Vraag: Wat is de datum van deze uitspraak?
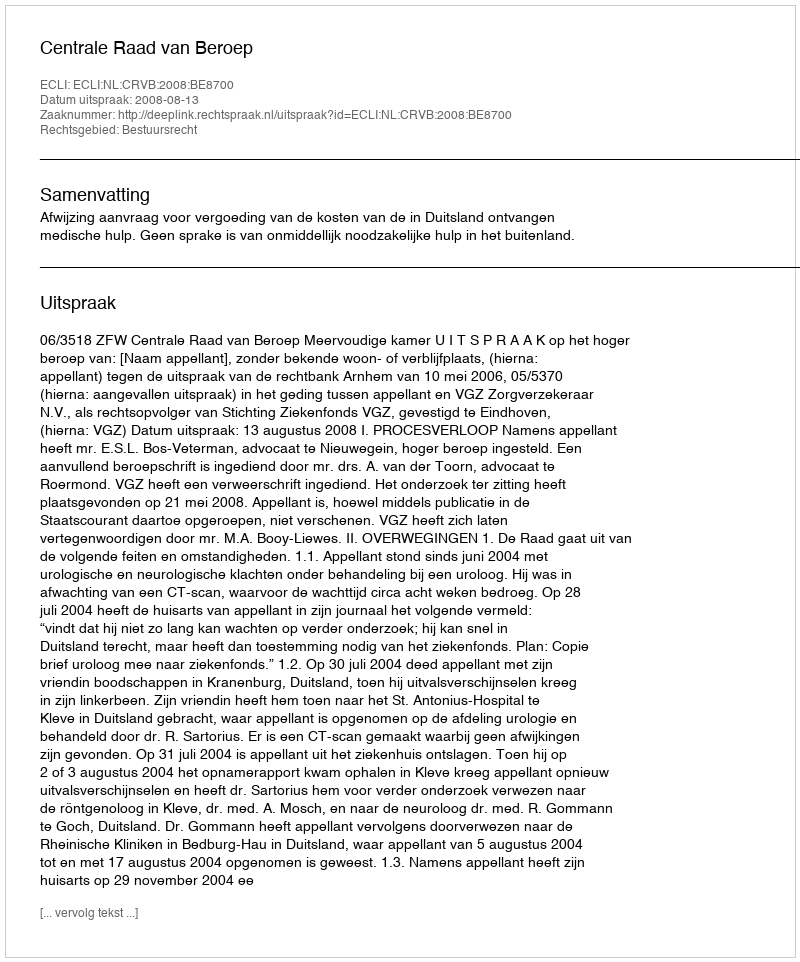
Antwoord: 2008-08-13